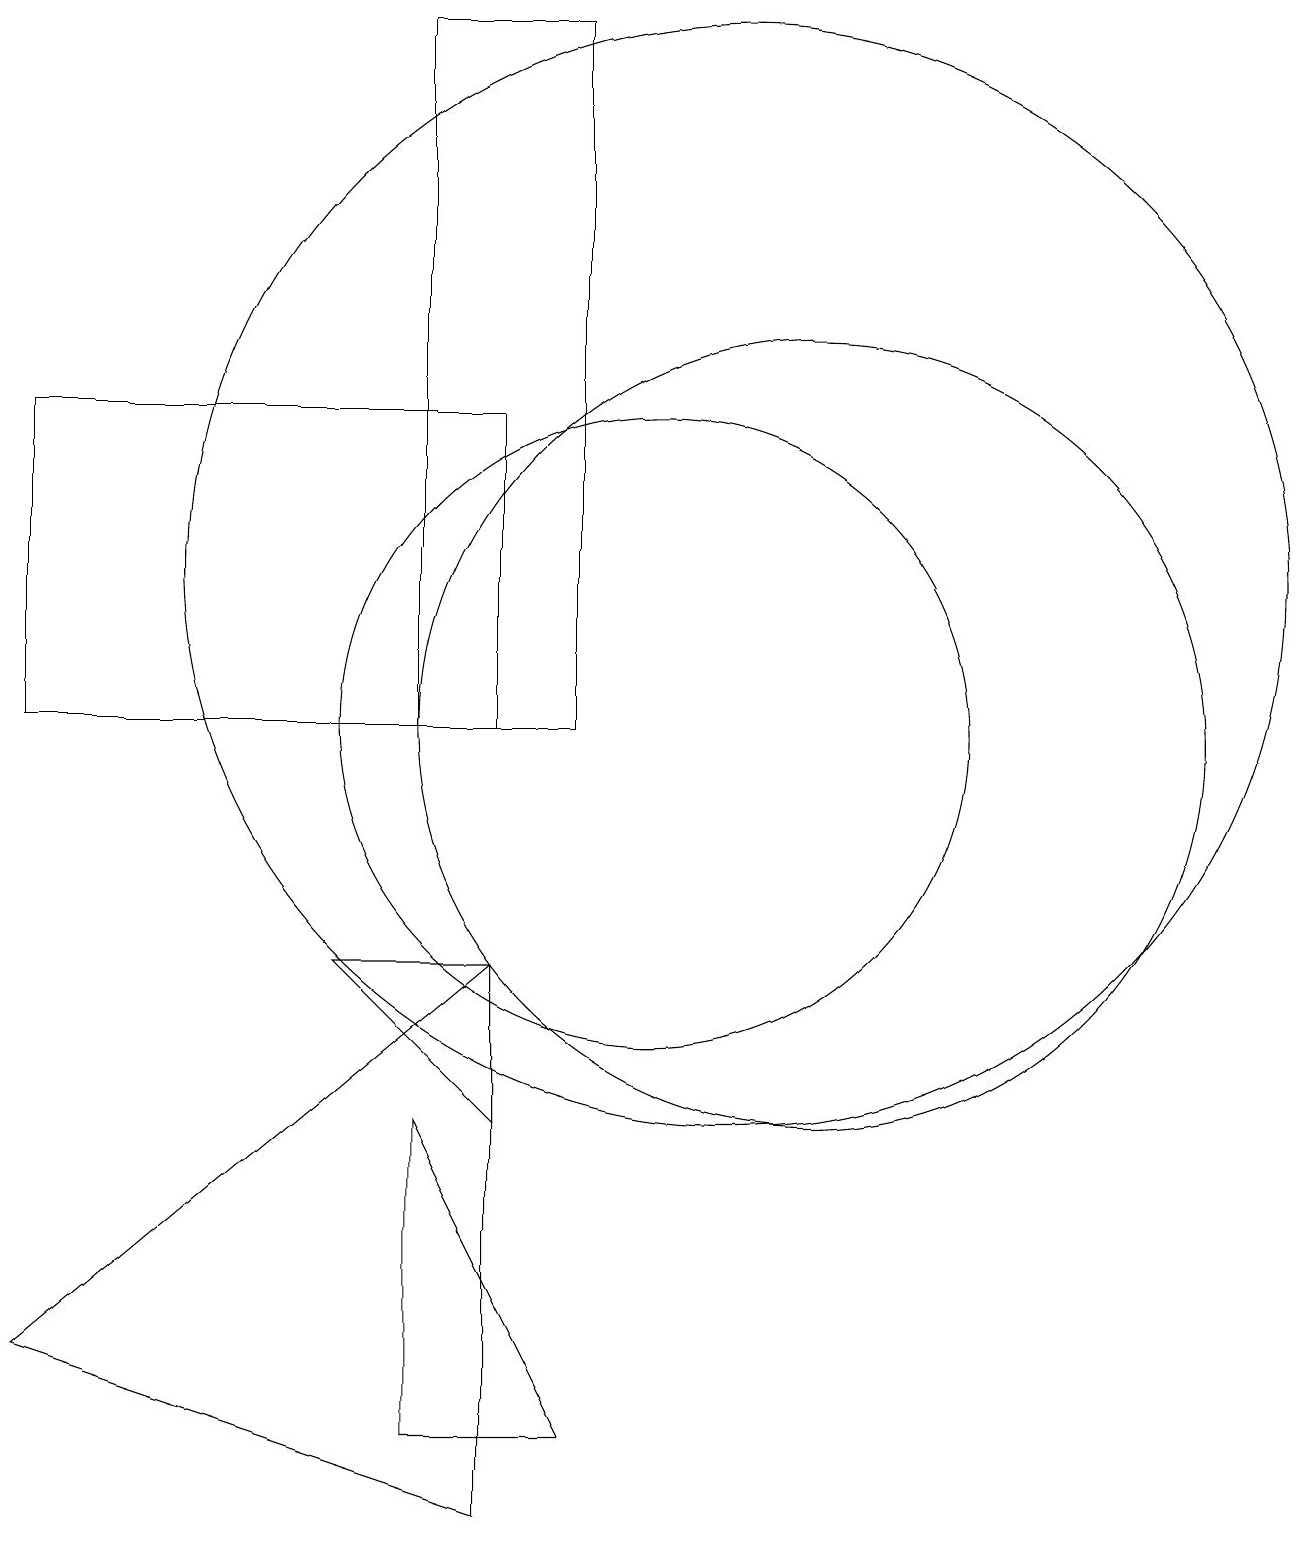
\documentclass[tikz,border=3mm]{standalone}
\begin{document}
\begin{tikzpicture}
\draw (12,10) circle (5);
\draw (8,10) rectangle (2,14);
\draw (8,7) -- (6,7) -- (8,5) -- cycle;
\draw (9,10) rectangle (7,19);
\draw (8,0) -- (2,2) -- (8,7) -- cycle;
\draw (10,10) circle (4);
\draw (11,12) circle (7);
\draw (7,5) -- (7,1) -- (9,1) -- cycle;
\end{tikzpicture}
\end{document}